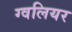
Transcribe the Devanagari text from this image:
ग्वलियर